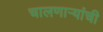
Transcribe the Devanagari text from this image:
चालणाऱ्यांची